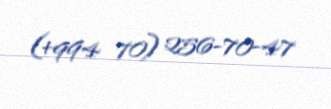
(+994 70) 256-70-47